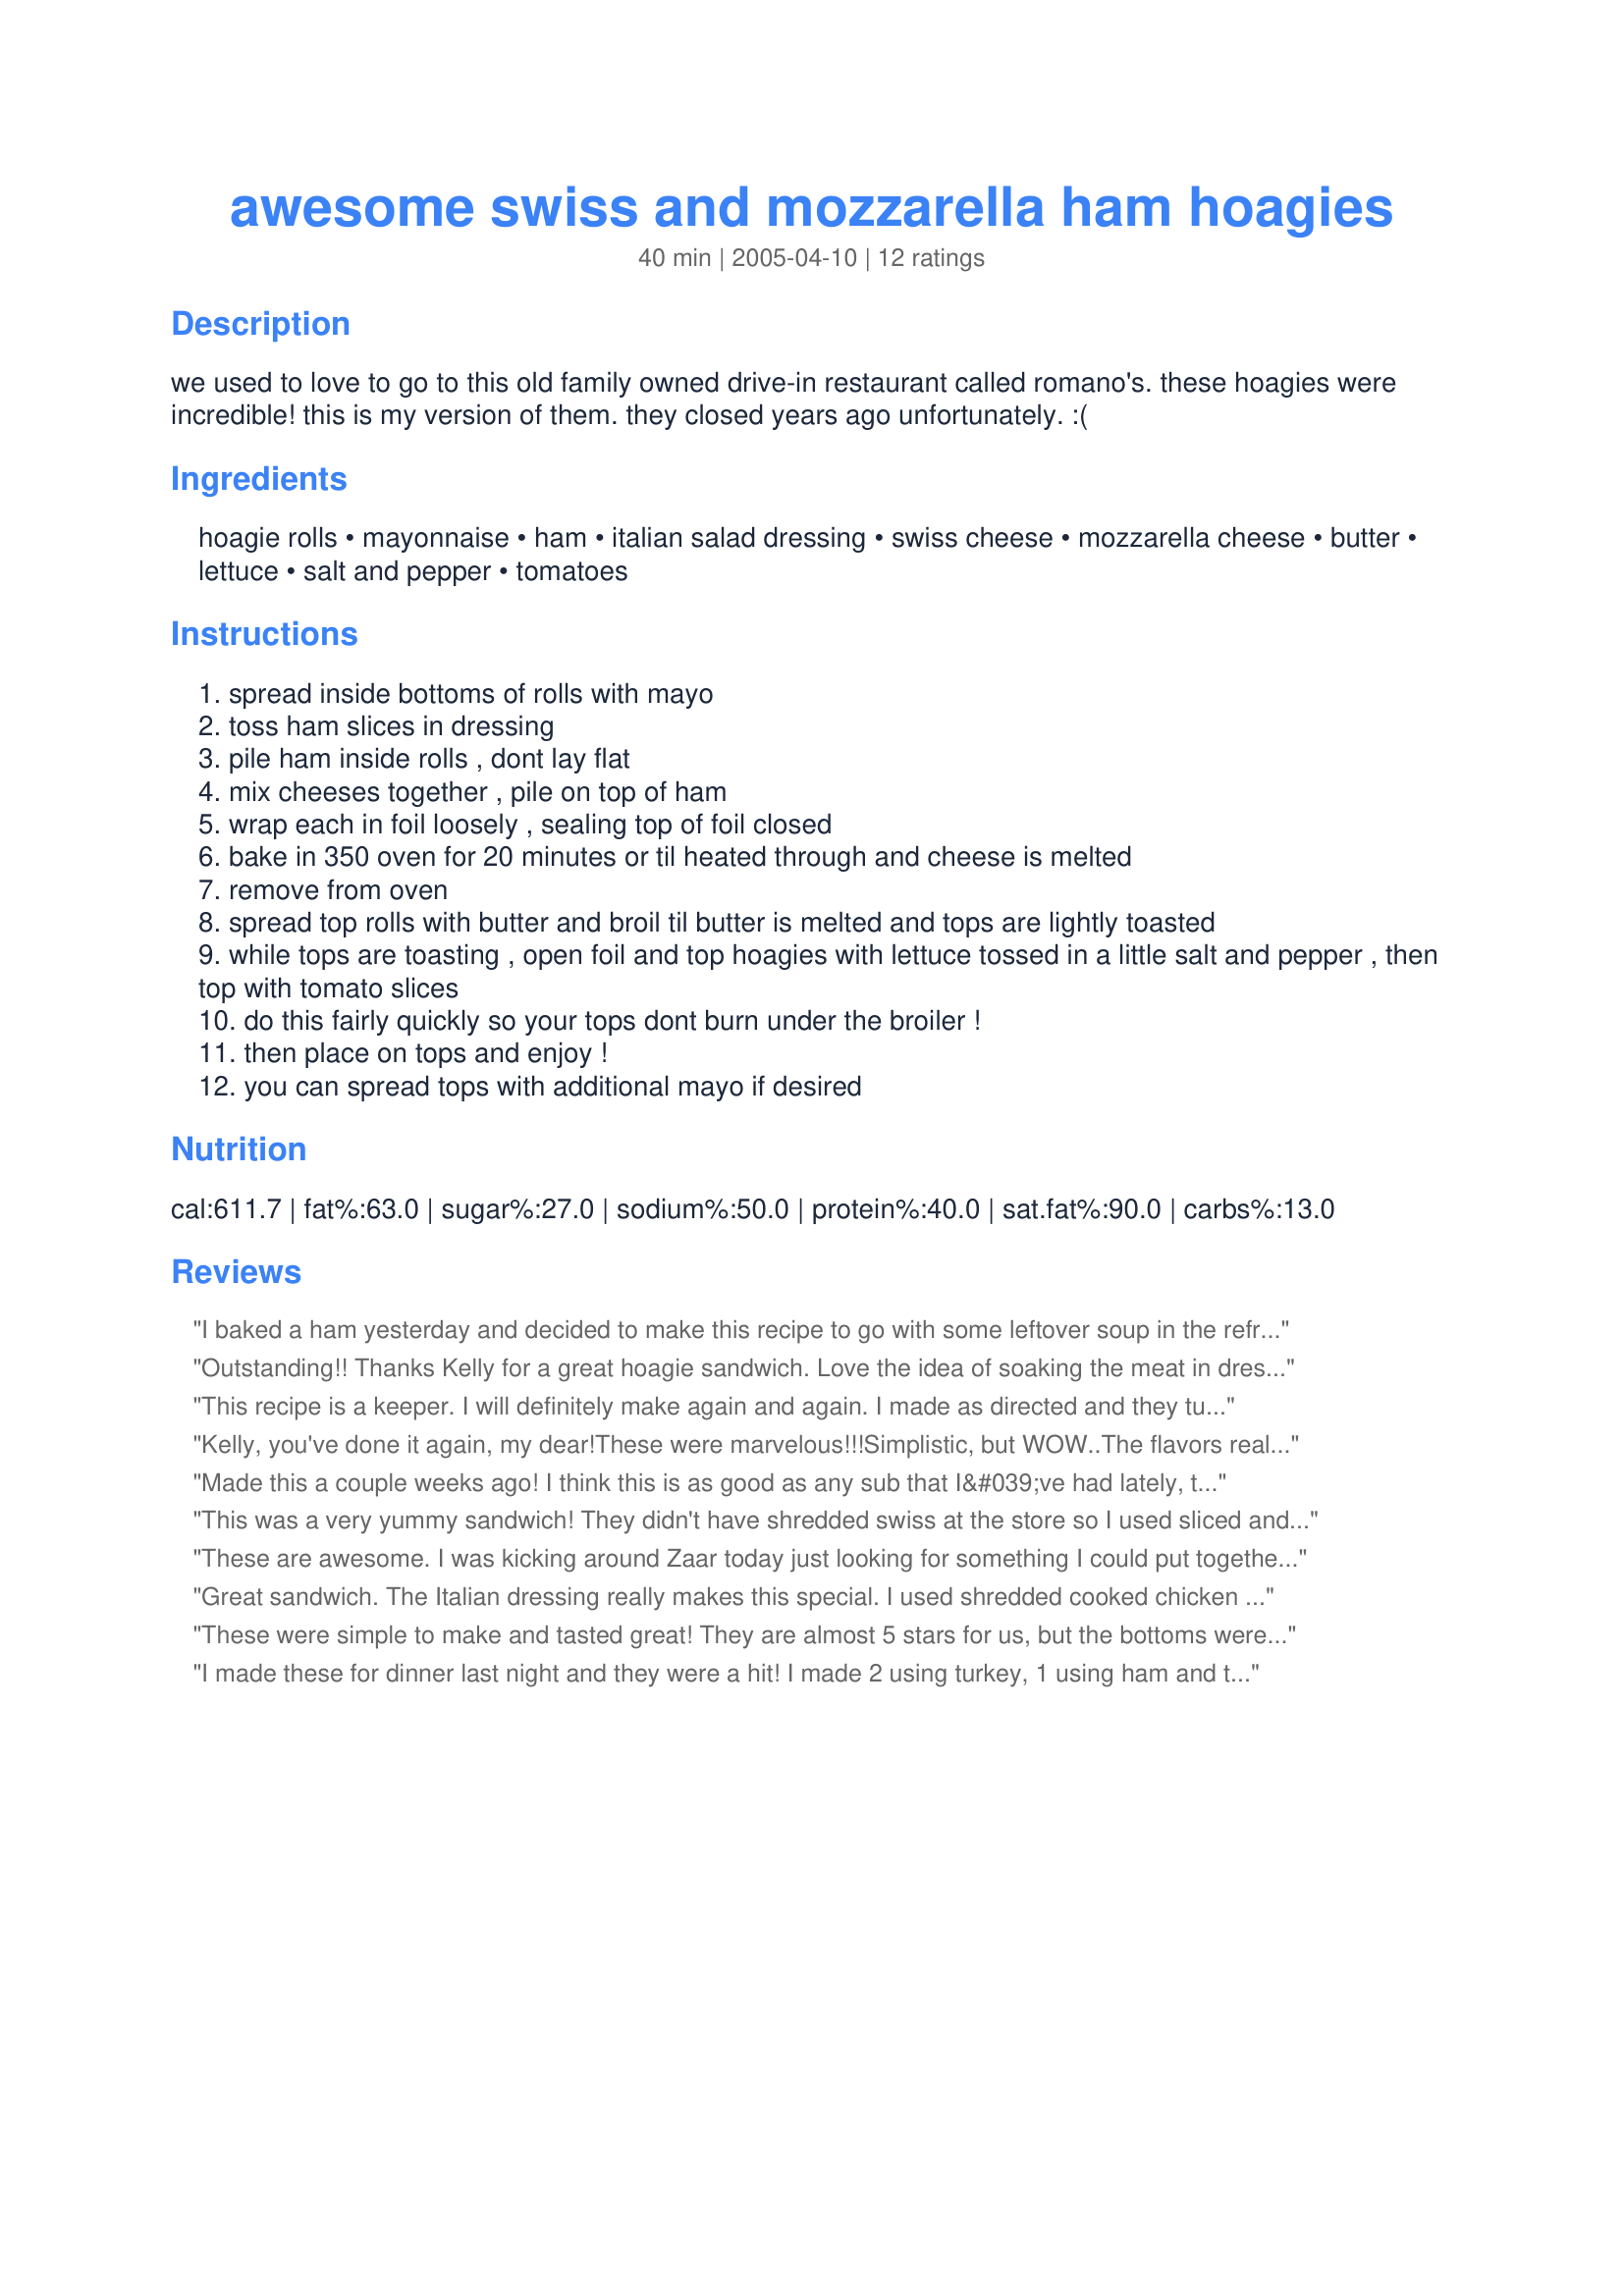
awesome swiss and mozzarella ham hoagies
Preparation time: 40 minutes

we used to love to go to this old family owned drive-in restaurant called romano's. these hoagies were incredible! this is my version of them. they closed years ago unfortunately. :(

Ingredients:
hoagie rolls, mayonnaise, ham, italian salad dressing, swiss cheese, mozzarella cheese, butter, lettuce, salt and pepper, tomatoes

Steps:
spread inside bottoms of rolls with mayo
toss ham slices in dressing
pile ham inside rolls , dont lay flat
mix cheeses together , pile on top of ham
wrap each in foil loosely , sealing top of foil closed
bake in 350 oven for 20 minutes or til heated through and cheese is melted
remove from oven
spread top rolls with butter and broil til butter is melted and tops are lightly toasted
while tops are toasting , open foil and top hoagies with lettuce tossed in a little salt and pepper , then top with tomato slices
do this fairly quickly so your tops dont burn under the broiler !
then place on tops and enjoy !
you can spread tops with additional mayo if desired

Reviews:
I baked a ham yesterday and decided to make this recipe to go with some leftover soup in the refrig,for dinner today. I really liked this hoagie. Its Better than alot of sandwich shops..I omitted the 4 tblsp butter.And just lightly brushed butter over the tops to broil. And you really do have to watch them closely..Next time I make them they will be better...Thank U for this recipe..
Outstanding!! Thanks Kelly for a great hoagie sandwich. Love the idea of soaking the meat in dressing than add to the bun. I had to sub the ham with smoked turkey cause I made a mistake picking up the wrong thing while at the store but it was still wonderful. Thanks so much for sharing this delicious hoagie sandwich!!
This recipe is a keeper. I will definitely make again and again. I made as directed and they turned out perfect. Good recipe Wildflour!
Kelly, you've done it again, my dear!These were marvelous!!!Simplistic, but WOW..The flavors really pop in these sandwhiches-I couldnt get enough.DH and I fought over the leftovers.I did use real mayo and not Miracle Whip and it really worked much better than Miracle Whip would have I think........Thanks again, Kelly!!!!!!PeggyLynn

Made this a couple weeks ago! I think this is as good as any sub that I&#039;ve had lately, thou I am not a big sub fan! It turned out very well. My only suggestion is not to use to much mayo on the bottom, it will over whelm the sandwich.
This was a very yummy sandwich! They didn't have shredded swiss at the store so I used sliced and it turned out great. I also topped with fresh tomato and skipped the toasting of the top bun. Thanks!
These are awesome. I was kicking around Zaar today just looking for something I could put together that was unlike the "usual" din/din. I looked in the fridge, nothing going on in there except swiss cheese and mozzarella. Heck. Looked in the cupboard...naw on the rice and noodles. Looked in the freezer, no beef tonight just had that. No chicken, just had that too. What's that behind those sub rolls I froze the other day. Ham? Sliced ham from last week. Wow. I forgot I did that. Looked back on Zaar, and it led me here. The salad dressing marinade was perfect on the ham. Brought it back to life. Already had everything on hand. What luck! I did mess up at one point, and put the whole sub roll with the ham and cheese to melt. But it didn't make difference, After it baked and warmed up, I just took the top off and toasted it back in the oven with the butter. added lettuce and tomatoes and onion. Whew! Thank you so much Wildflour for making this a beautiful meal to fill our stomachs as well as our souls. This is outstanding!
Great sandwich. The Italian dressing really makes this special. I used shredded cooked chicken instead of ham and it turned out great.
These were simple to make and tasted great! They are almost 5 stars for us, but the bottoms were a tad bit too soggy. These come very close to my favorite ham and swiss sandwich served back home. Clean up is a breeze too! We omitted the tomatoes since neither of us eat them.
I made these for dinner last night and they were a hit! I made 2 using turkey, 1 using ham and turkey, and 1 using ham. The flavor is great and they are very easy to do. I served with Recipe #195816 and recipe #205700 for a really great, easy meal. Thanks for posting these sandwiches!
great hoagie. the only change i made was no mayo as i had none on hand; and used proscuitto rather than regular ham. very tasty and i really like the idea of the butter on the roll. easy to make too. the flavors of the meats and cheeses combined very well. thanks for the great recipe...and what a great bio on you as well!
Excellent subs. Reminded me of something you could order at Quizno's. We'll have these again. Thanks!
